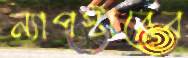
ন্যাপস্টারের